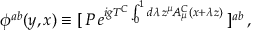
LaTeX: \phi ^ { a b } ( y , x ) \equiv [ \, { \cal P } \, e ^ { i g T ^ { C } \int _ { 0 } ^ { 1 } d \lambda \, z ^ { \mu } \! A _ { \mu } ^ { C } ( x + \lambda z ) } \, ] ^ { a b } \, ,